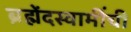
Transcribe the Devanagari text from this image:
ब्रह्मेंदस्वामींची